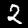
Label: 2